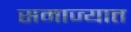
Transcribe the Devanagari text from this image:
समाज्यात